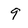
Character: 9